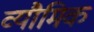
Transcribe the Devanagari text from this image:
व्यौमिक